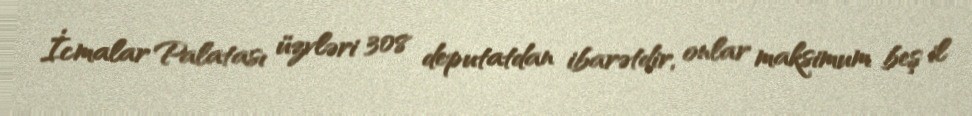
İcmalar Palatası üzvləri 308 deputatdan ibarətdir, onlar maksimum beş il